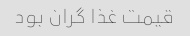
قیمت غذا گران بود